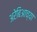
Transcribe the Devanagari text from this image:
अरेबिआच्या